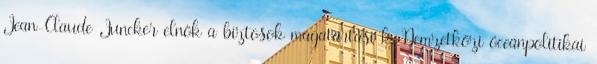
Jean-Claude Juncker elnök a biztosok magatartási k. Nemzetközi óceánpolitikai